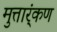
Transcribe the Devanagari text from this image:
मुत्तार्ंकण